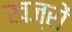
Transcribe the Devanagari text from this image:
खज्रों